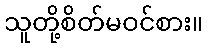
သူတို့စိတ်မဝင်စား။